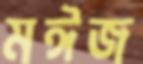
মঈজ